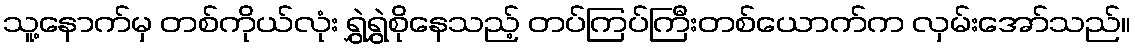
သူ့နောက်မှ တစ်ကိုယ်လုံး ရွှဲရွှဲစိုနေသည့် တပ်ကြပ်ကြီးတစ်ယောက်က လှမ်းအော်သည်။